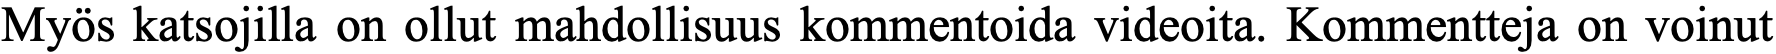
Myös katsojilla on ollut mahdollisuus kommentoida videoita. Kommentteja on voinut